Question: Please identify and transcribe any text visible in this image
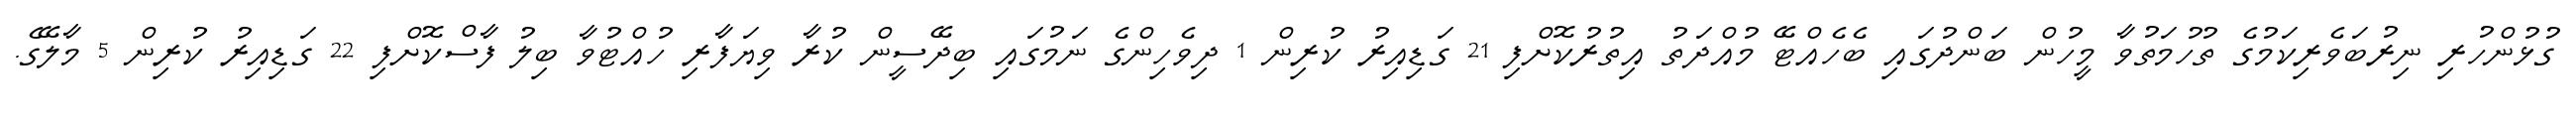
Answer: ގުޅުންހުރި ނިރުބަވެރިކަމުގެ ތުހުމަތުވާ މީހުން ބަންދުގައި ބެހެއްޓޭ މުއްދަތު އިތުރުކޮށްފި 21 ގަޑިއިރު ކުރިން 1 ދިވެހިންގެ ނަމުގައި ބިދޭސީން ކުރާ ވިޔަފާރި ހުއްޓުވާ ބިލު ފާސްކޮށްފި 22 ގަޑިއިރު ކުރިން 5 މާލޭގެ.